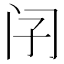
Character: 𨸀